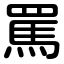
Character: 罵